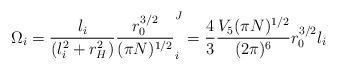
LaTeX: \begin{align*} \Omega_i = \frac{l_i}{(l_i^2 + r_H^2) }\frac{r_0^{3/2}}{ (\pi N)^{1/2}} \sp J_i = \frac{4}{3}\frac{V_5 (\pi N)^{1/2}}{(2 \pi)^6 } r_0^{3/2} l_i\end{align*}